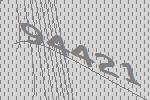
94421